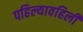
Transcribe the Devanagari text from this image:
पहिल्यावहिली